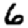
Digit: 6